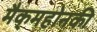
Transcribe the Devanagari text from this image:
मैक्‌महोनकी